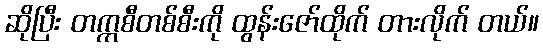
ဆိုပြီး တက္ကစီတစ်စီးကို ထွန်းဇော်ထိုက် တားလိုက် တယ်။